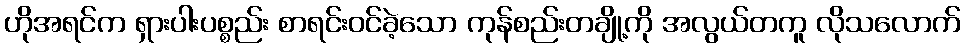
ဟိုအရင်က ရှားပါးပစ္စည်း စာရင်းဝင်ခဲ့သော ကုန်စည်းတချို့ကို အလွယ်တကူ လိုသလောက်